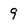
Character: 9